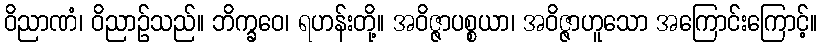
ဝိညာဏံ၊ ဝိညာဉ်သည်။ ဘိက္ခဝေ၊ ရဟန်းတို့။ အဝိဇ္ဇာပစ္စယာ၊ အဝိဇ္ဇာဟူသော အကြောင်းကြောင့်။